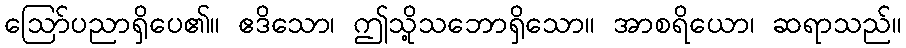
ဩော်ပညာရှိပေ၏။ ဧဒိသော၊ ဤသို့သဘောရှိသော။ အာစရိယော၊ ဆရာသည်။